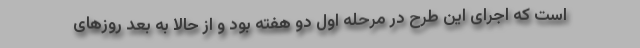
است که اجرای این طرح در مرحله اول دو هفته بود و از حالا به بعد روزهای